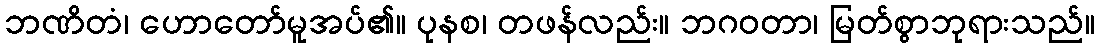
ဘဏိတံ၊ ဟောတော်မူအပ်၏။ ပုနစ၊ တဖန်လည်း။ ဘဂဝတာ၊ မြတ်စွာဘုရားသည်။